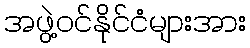
အဖွဲ့ဝင်နိုင်ငံများအား